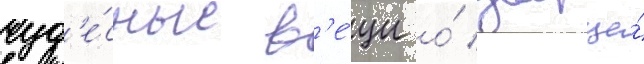
чуд'е́сные в'е́щи о́ дворце́